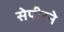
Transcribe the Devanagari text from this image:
सेपीरने